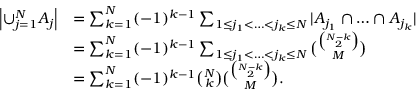
\begin{array} { r l } { \left| \cup _ { j = 1 } ^ { N } A _ { j } \right| } & { = \sum _ { k = 1 } ^ { N } ( - 1 ) ^ { k - 1 } \sum _ { 1 \le j _ { 1 } < \ldots < j _ { k } \le N } | A _ { j _ { 1 } } \cap \ldots \cap A _ { j _ { k } } | } \\ & { = \sum _ { k = 1 } ^ { N } ( - 1 ) ^ { k - 1 } \sum _ { 1 \le j _ { 1 } < \ldots < j _ { k } \le N } \binom { \binom { N - k } { 2 } } { M } } \\ & { = \sum _ { k = 1 } ^ { N } ( - 1 ) ^ { k - 1 } \binom { N } { k } \binom { \binom { N - k } { 2 } } { M } . } \end{array}